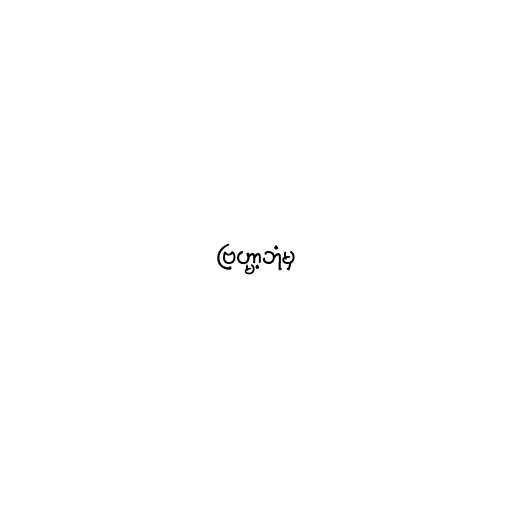
ဗြဟ္မာ့ဘုံမှ